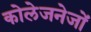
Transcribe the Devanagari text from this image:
कोलेजनेजों